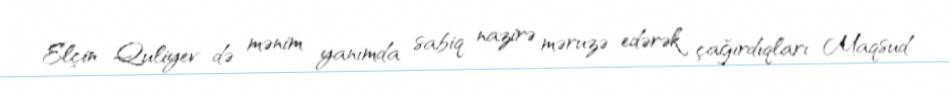
Elçin Quliyev də mənim yanımda sabiq nazirə məruzə edərək çağırdıqları Maqsud